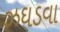
ઝઘડવા